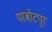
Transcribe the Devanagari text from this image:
परबोटपुर